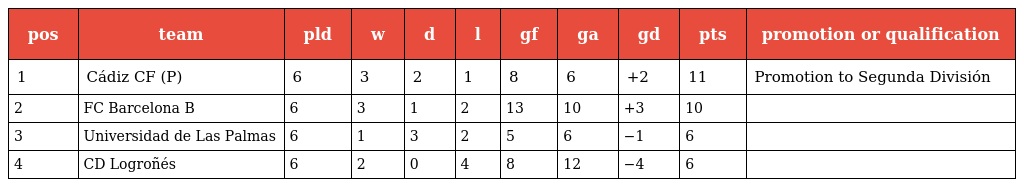
| pos | team | pld | w | d | l | gf | ga | gd | pts | promotion or qualification |
 | --- | --- | --- | --- | --- | --- | --- | --- | --- | --- | --- |
 | 1 | Cádiz CF (P) | 6 | 3 | 2 | 1 | 8 | 6 | +2 | 11 | Promotion to Segunda División |
 | 2 | FC Barcelona B | 6 | 3 | 1 | 2 | 13 | 10 | +3 | 10 |  |
 | 3 | Universidad de Las Palmas | 6 | 1 | 3 | 2 | 5 | 6 | −1 | 6 |  |
 | 4 | CD Logroñés | 6 | 2 | 0 | 4 | 8 | 12 | −4 | 6 |  |